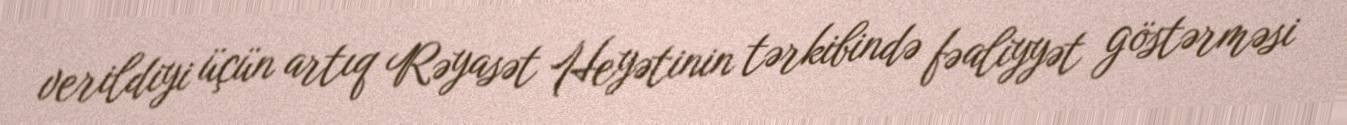
verildiyi üçün artıq Rəyasət Heyətinin tərkibində fəaliyyət göstərməsi